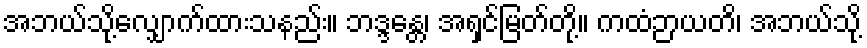
အဘယ်သို့လျှောက်ထားသနည်း။ ဘဒ္ဒန္တေ၊ အရှင်မြတ်တို့။ ကထံဉာယတိ၊ အဘယ်သို့